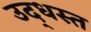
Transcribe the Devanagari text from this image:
उद्‌धस्त